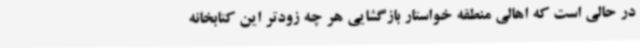
در حالی است که اهالی منطقه خواستار بازگشایی هر چه زودتر این کتابخانه